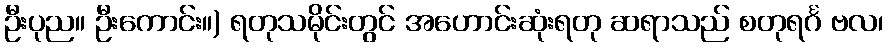
ဦးပုည။ ဦးကောင်း။) ရတုသမိုင်းတွင် အဟောင်းဆုံးရတု ဆရာသည် စတုရင်္ဂ ဗလ၊